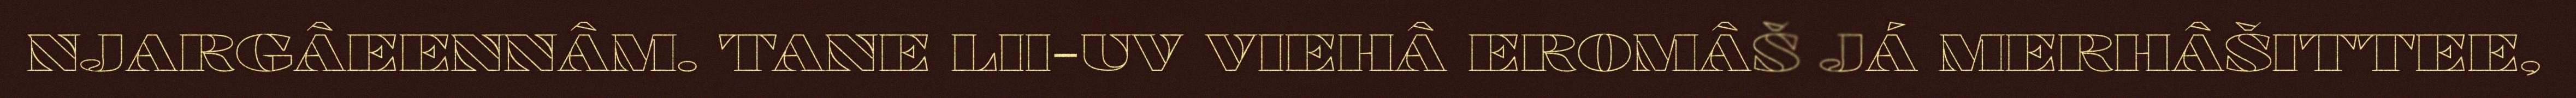
NJARGÂEENNÂM. TANE LII-UV VIEHÂ EROMÂŠ JÁ MERHÂŠITTEE,